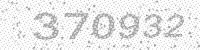
Solution: 370932